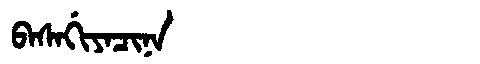
Manchu: ᠪᠠᠰᠠᡤᡳᠶᠠᠴᡳᠨᠠ
Romanization: BASAGIYACINA